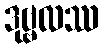
ဒုဗ္ဗလဿ